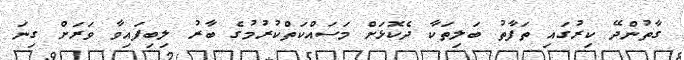
ގާތުންދޭ ކިރުގައި ތަފާތު ބަލިތަކާ ދެކޮޅަށް މަސައްކަތްކުރުމުގެ ބާރު ލިބިފައިވާ ވަރަށް ގިނަ